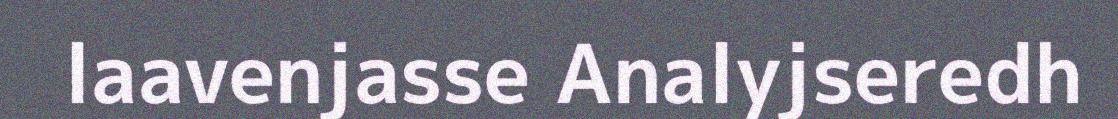
laavenjasse Analyjseredh